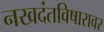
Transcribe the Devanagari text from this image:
नखदंतविषारावर